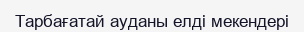
Тарбағатай ауданы елді мекендері